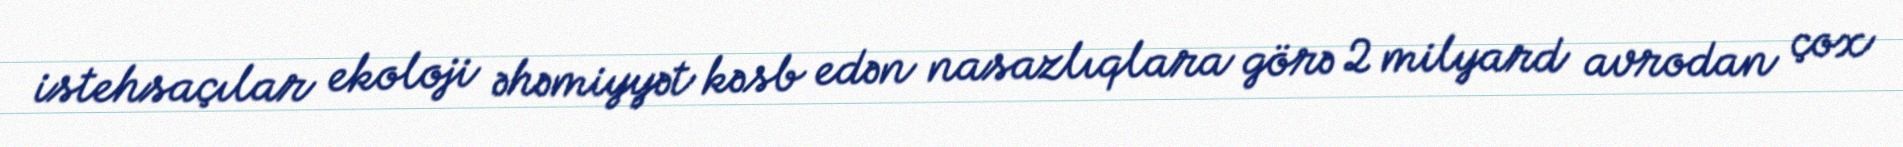
istehsaçılar ekoloji əhəmiyyət kəsb edən nasazlıqlara görə 2 milyard avrodan çox